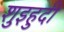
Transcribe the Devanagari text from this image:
शुइहुदी